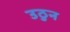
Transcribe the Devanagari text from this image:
उठुन